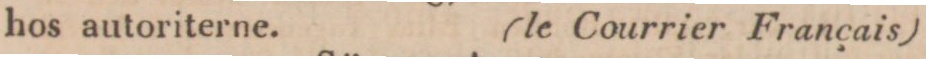
hos autoriterne.    (le Courrier Francais)